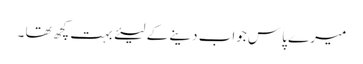
میرے پاس جواب دینے کے لیئے بہت کچھ تھا ۔